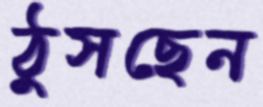
ঠুসছেন